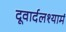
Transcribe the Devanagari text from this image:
दूवार्दलश्यामं